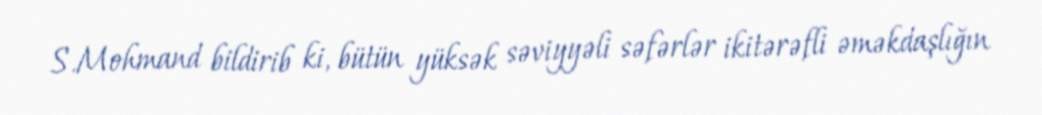
S.Mohmand bildirib ki, bütün yüksək səviyyəli səfərlər ikitərəfli əməkdaşlığın